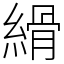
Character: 縎